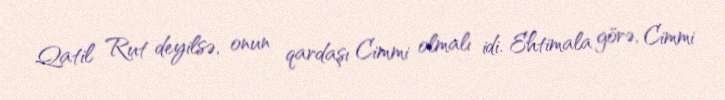
Qatil Rut deyilsə, onun qardaşı Cimmi olmalı idi. Ehtimala görə, Cimmi